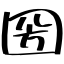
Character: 圀